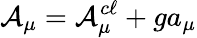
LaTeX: {\cal A}_{\mu}={\cal A}_{\mu}^{c\ell}+ga_{\mu}